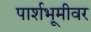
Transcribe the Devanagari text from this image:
पार्शभूमीवर